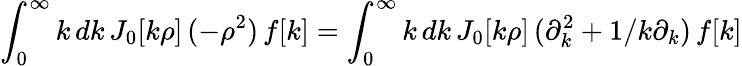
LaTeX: \int_{0}^{\infty}k\, dk\, J_{0}[k\rho]\, (-\rho^{2})\, f[k]=\int_{0}^{\infty}k\, dk\, J_{0}[k\rho]\, (\partial_{k}^{2}+1/k\partial_{k})\, f[k]